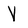
Character: V